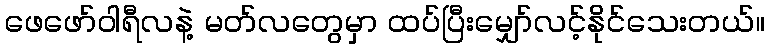
ဖေဖော်ဝါရီလနဲ့ မတ်လတွေမှာ ထပ်ပြီးမျှော်လင့်နိုင်သေးတယ်။